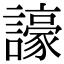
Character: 譹